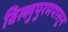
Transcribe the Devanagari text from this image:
विल्लुपुरमपासून